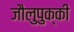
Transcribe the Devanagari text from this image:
जौलुपुक्की